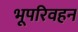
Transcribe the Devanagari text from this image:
भूपरिवहन